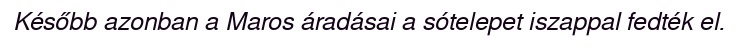
Később azonban a Maros áradásai a sótelepet iszappal fedték el.